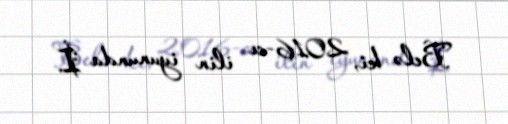
Belə ki, 2016-cı ilin iyununda İ.